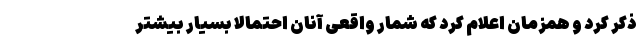
ذکر کرد و همزمان اعلام کرد که شمار واقعی آنان احتمالا بسیار بیشتر